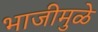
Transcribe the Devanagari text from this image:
भाजीमुळे